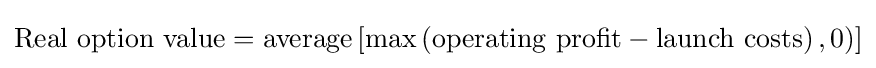
{\text{Real option value}}={\text{average}}\left[\max \left({\text{operating profit}}-{\text{launch costs}}\right),0)\right]